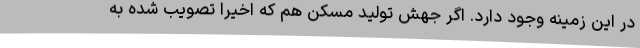
در این زمینه وجود دارد. اگر جهش تولید مسکن هم که اخیرا تصویب شده به